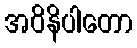
အဝိနိပါတော